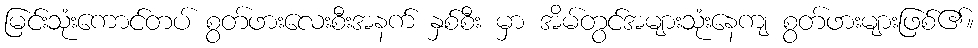
မြင်းသုံးကောင်တပ် စွတ်ဖားလေးစီးအနက် နှစ်စီး မှာ အိမ်တွင်အများသုံးနေကျ စွတ်ဖားများဖြစ်၏။